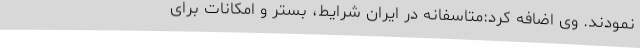
نمودند. وی اضافه کرد:متاسفانه در ایران شرایط، بستر و امکانات برای